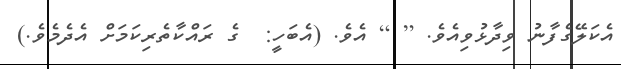
އެކަލޭގެފާނު ވިދާޅުވިއެވެ. [ ] އެވެ. (އެބަހީ:  ގެ ރައްކާތެރިކަމަށް އެދެމެވެ.)